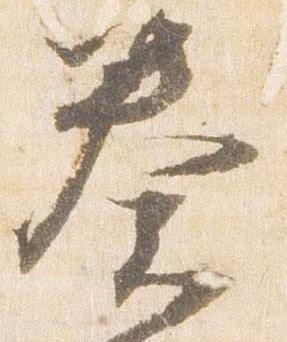
奏